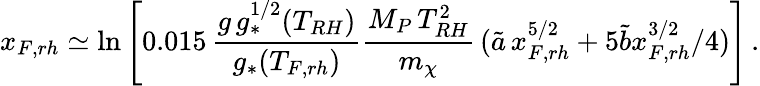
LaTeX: x_{F,rh}\simeq\ln\left[0.015\, \frac{g\, g_{*}^{1/2}(T_{RH})}{g_{*}(T_{F,rh})}\frac{M_{P}\, T_{RH}^{2}}{m_{\chi}}\, (\tilde{a}\, x_{F,rh}^{5/2}+5\tilde{b}x_{F,rh}^{3/2}/4)\right]\, .